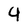
Character: 9